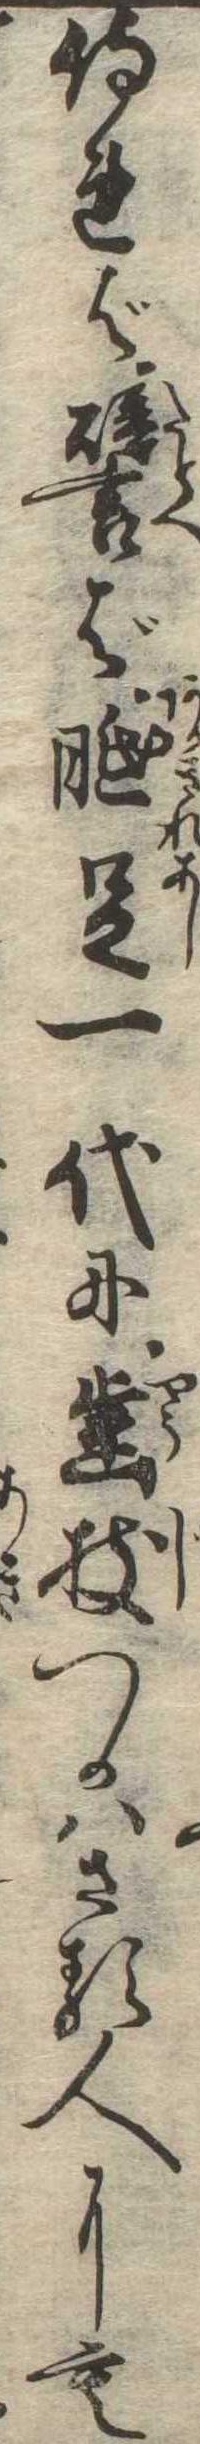
侍れば譬ば胝足一代に歯枝つかはざる人にも